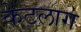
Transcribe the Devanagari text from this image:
केंटलाग